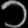
Digit: ၁